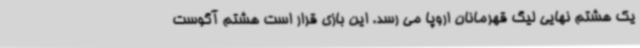
یک هشتم نهایی لیگ قهرمانان اروپا می رسد. این بازی قرار است هشتم آگوست